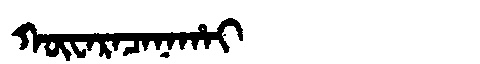
Manchu: ᡴᡡᠸᠠᡵᠠᠴᠠᠨᠠᡥᠠᡳ
Romanization: KŪWARACANAHAI